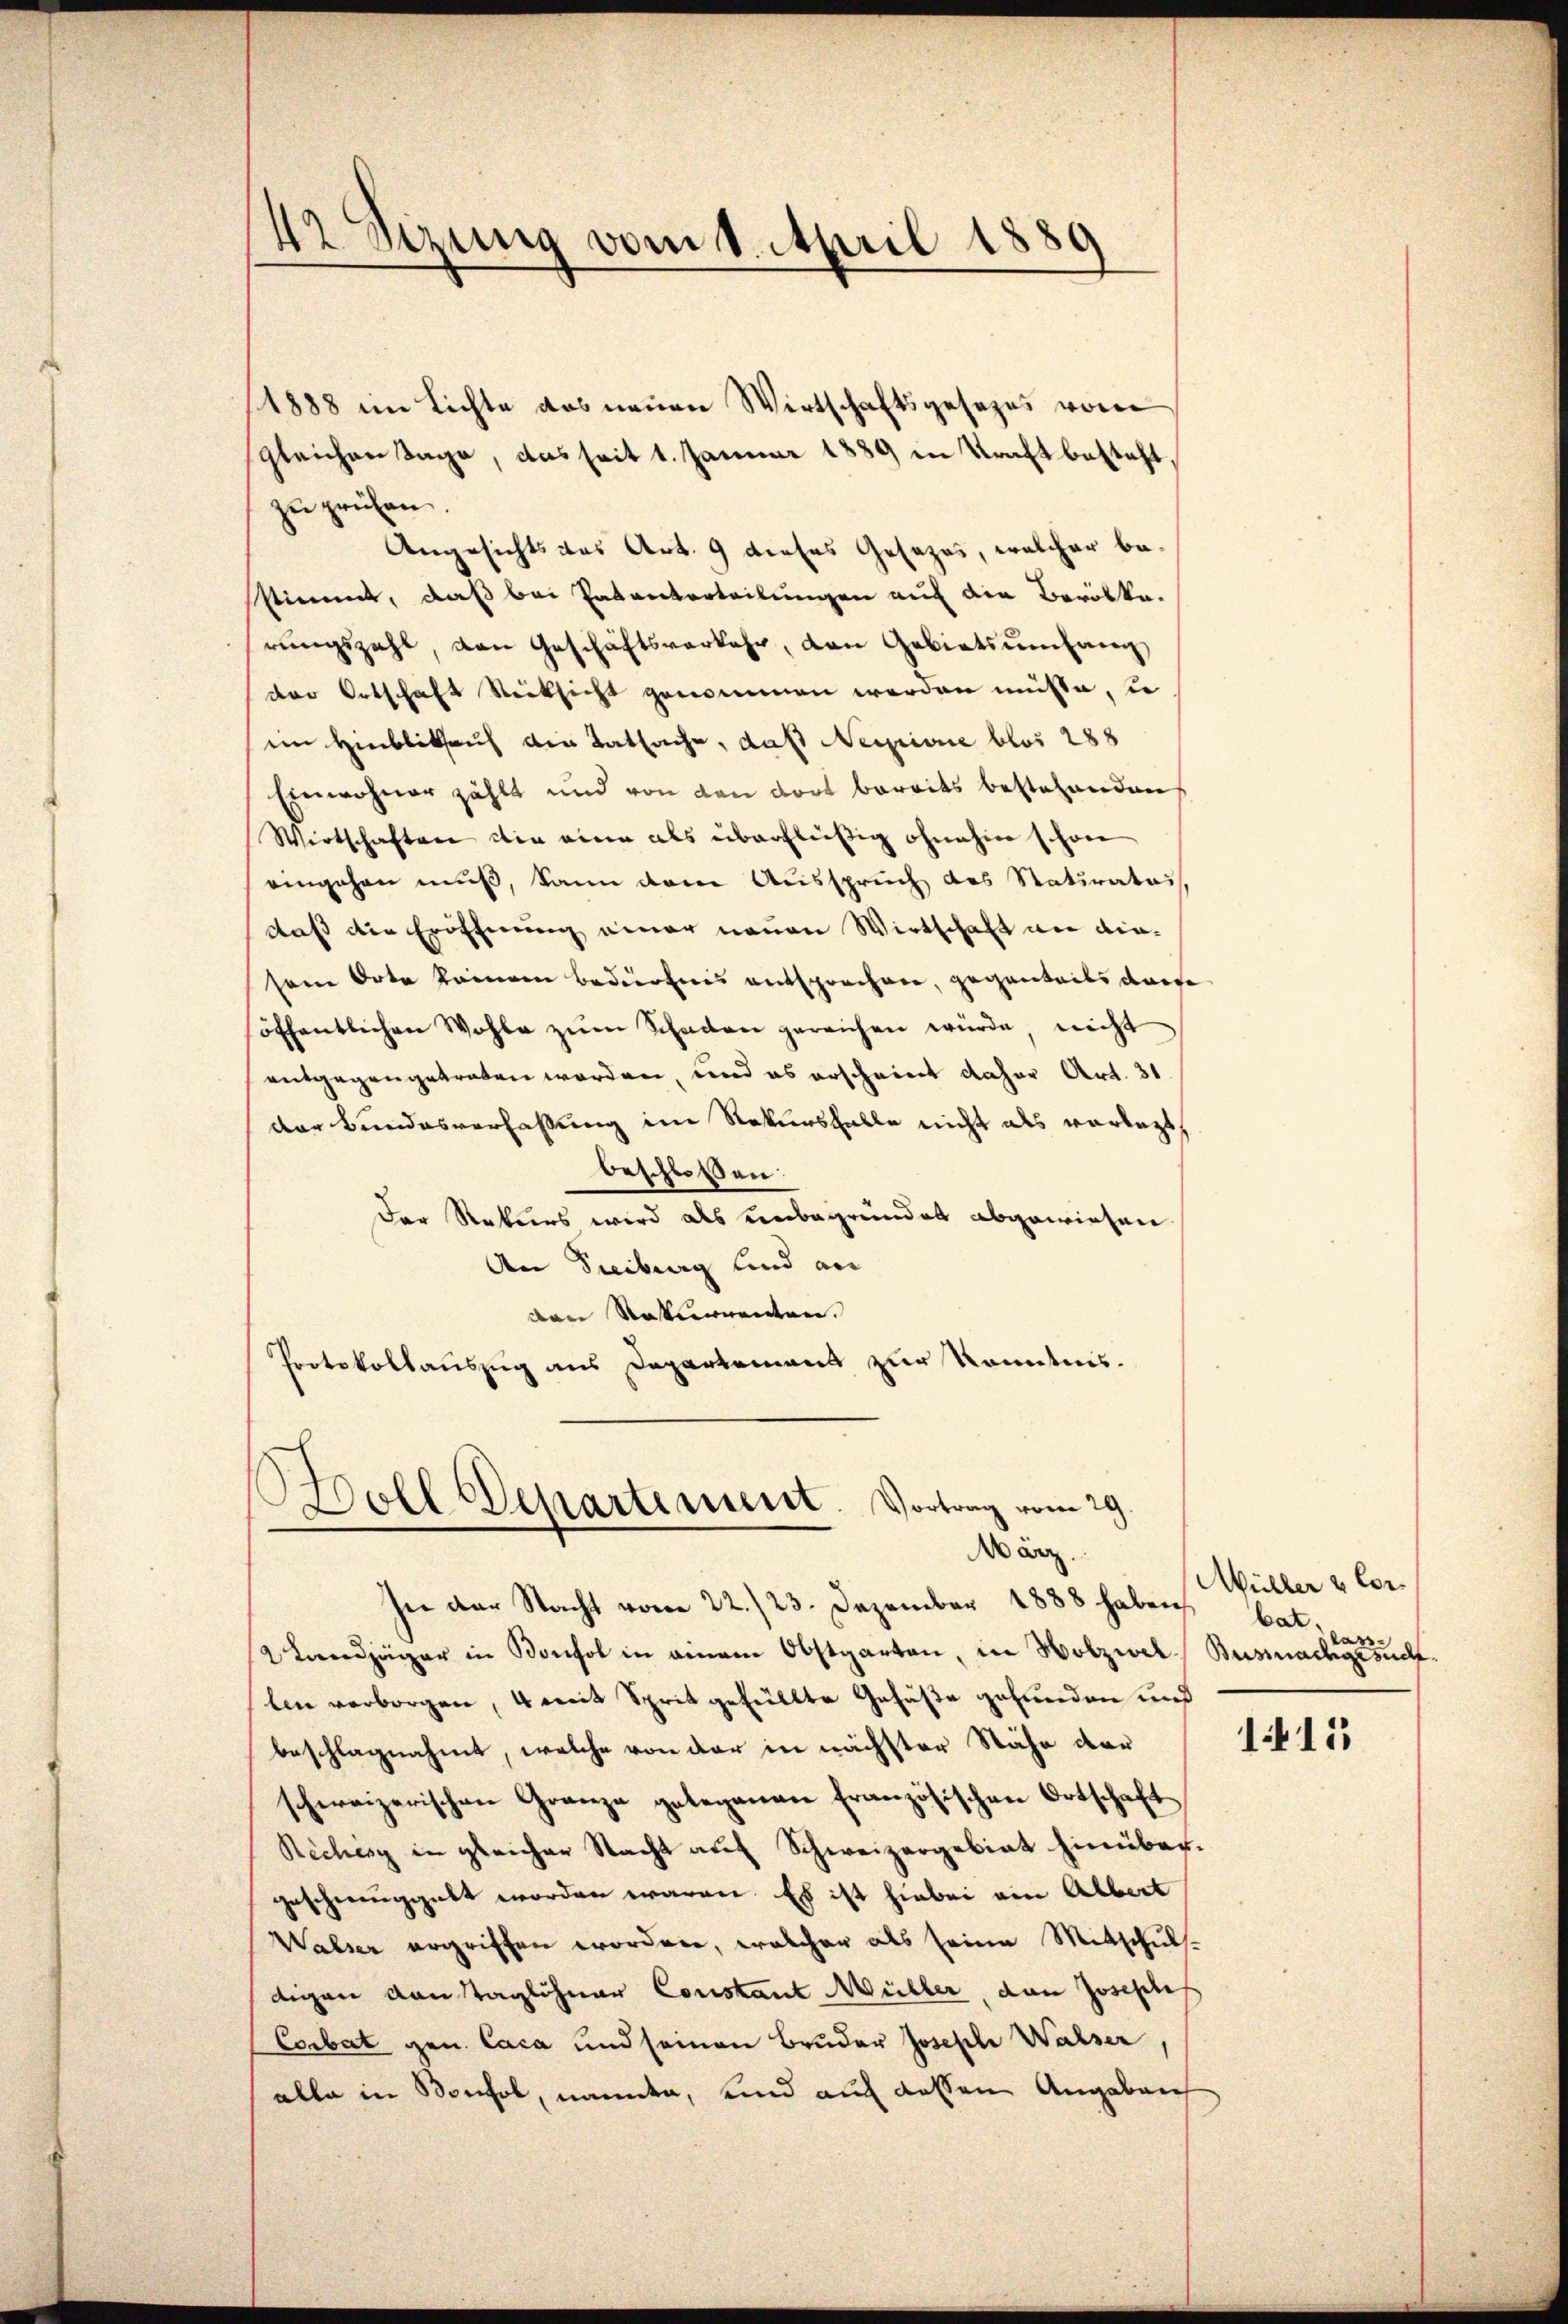
42 Sizung vom 1. April 1889

zu prüfen.
Angesichts das Art. 9 dieses Gesezes, welcher besstimmt, daß bei Patenterteilungen auf die Beröste.
rŭngszahl, den Geschäftsverkehr, den Gebietsumfang
der Ortschaft Rücksicht genommen werden müsse, i
ein Hinblick auf die Tatsache, daß Nessione blos 288
Einwohner zählt und von den dort bereits bestehenden
Wirtschaften die eine als überflüßig ohnehin schon
eingehen muß, kann den Ausspruch des Naturatus,
daß die Eröffnung einer neuen Wirtschaft an diesene Orte keinem Bedürfnis entsprochen, gegenteils diese
öffentlichen Wohle zŭm Schaden gereichen würde, nicht
entgegengetreten worden, und es erscheint daher Art. 31.
der Bundesverfassung im Rekursfalle nicht als vorlegt,
beschlossen:
Der Rekurs wird als einbegründet abgewiesen.
An Freiberg und an
dare Raunenten.
Protokollauszug aus Departement zur Kenntnis.
Holl Departement. Vortrag vom 29.
März.
In der Nacht vom 22./23. Dezember 1888 haben
2 Landjäger in Bonfol in einem Obstgarten, in Holzwel Bussnachgesuch
len verborgen, 4 mit Sprit gefüllte Gefäße gefunden und
beschlagnahmt, welche von der in nächster Stähe der
schweizerischen Granze gelegenen französischen Ortschaft
Richisy in gleicher Nacht auf Schweizergebiet hinüber.
geschwenggelt worden waren. Es ist hiebei ein Albert
Walser ergriffen worden, welcher als seine Mitschuls-
digen Konstaglöhner Constant Müller, dan Josephef
Corbat gen. Caca und seinen Bruder Joseph Walser
alle in Sonhol, namen, und auch dessen Angeben

1888 im Lichte das neuen Wirtschaftsgesezes vom
gleichen Tage, das seit 1. Januar 1889 in Kraft besteht.

Müller & Corbat.
kass

115